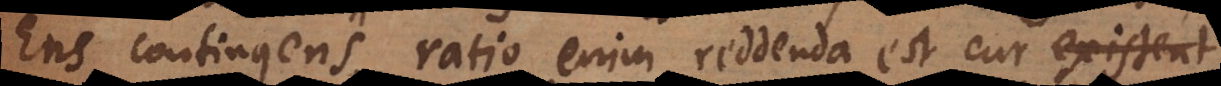
Ens contingens, ratio enim reddenda est cur existent